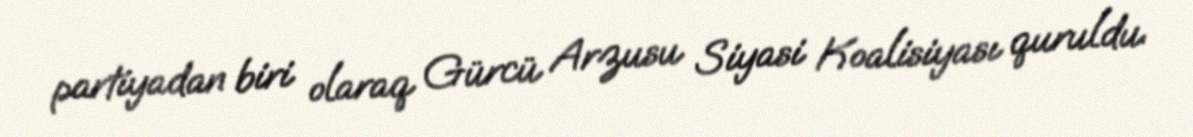
partiyadan biri olaraq Gürcü Arzusu Siyasi Koalisiyası quruldu.